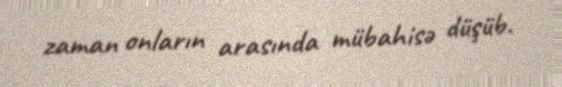
zaman onların arasında mübahisə düşüb.